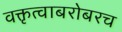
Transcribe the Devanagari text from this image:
वक्तृत्वाबरोबरच